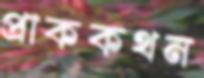
প্রাককথন